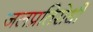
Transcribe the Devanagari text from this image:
जलप्रतिरोधी